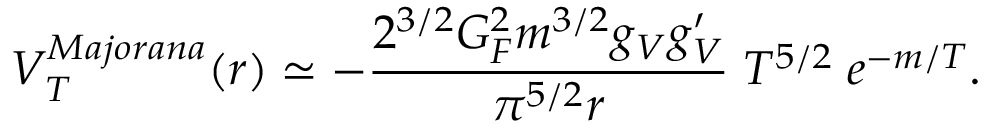
V _ { T } ^ { M a j o r a n a } ( r ) \simeq - { \frac { 2 ^ { 3 / 2 } G _ { F } ^ { 2 } m ^ { 3 / 2 } g _ { V } g _ { V } ^ { \prime } } { \pi ^ { 5 / 2 } r } } \; T ^ { 5 / 2 } \; e ^ { - m / T } .